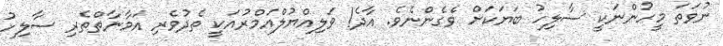
ނުވަތަ މީހުންނަކީ ސާލިހު ބަޔަކަށް ވެގެންނެވެ. އާދެ! ވަލިއްޔުލްއަމްރުއަކީ ތެދުވެރި އަމާނާތްތެރި ސާލިހު